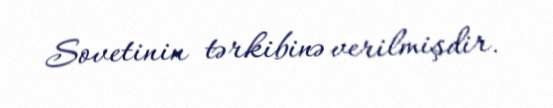
Sovetinin tərkibinə verilmişdir.